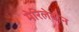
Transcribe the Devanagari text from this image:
मेरिलेबोन